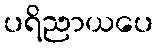
ပရိညာယပေ